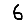
Digit: 6